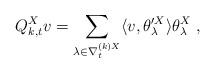
LaTeX: \begin{align*} Q^X_{k,t}v=\sum_{\lambda\in \nabla_t^{(k)X}} \langle v,\theta_\lambda'^X\rangle \theta_\lambda^X \;, \end{align*}